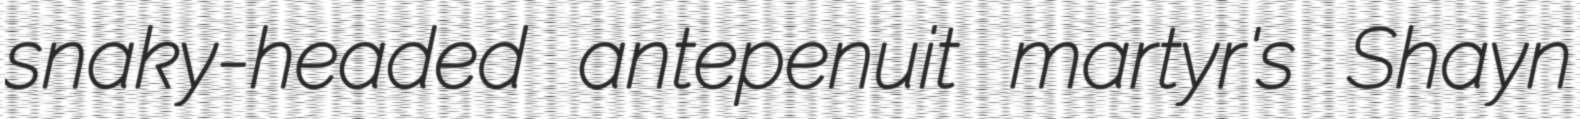
snaky-headed antepenuit martyr's Shayn